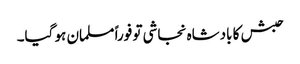
حبش کا بادشاہ نجاشی تو فوراً مسلمان ہو گیا۔